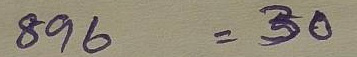
896 = 30